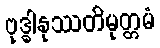
ဗုဒ္ဓါနုဿတိမုတ္တမံ